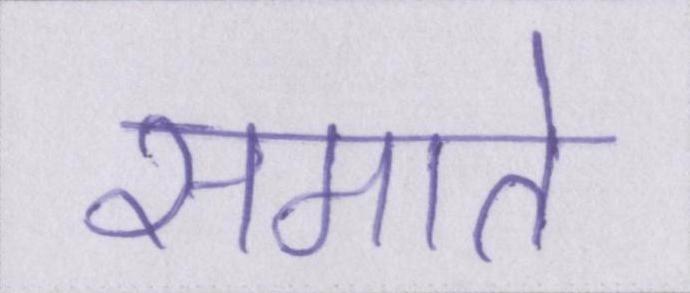
समाते